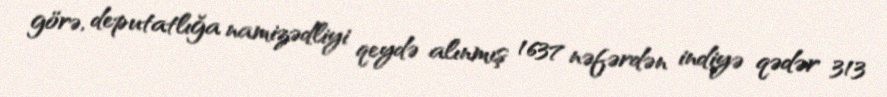
görə, deputatlığa namizədliyi qeydə alınmış 1637 nəfərdən indiyə qədər 313